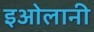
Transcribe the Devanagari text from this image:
इओलानी